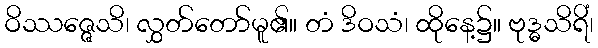
ဝိဿဇ္ဇေသိ၊ လွှတ်တော်မူ၏။ တံ ဒိဝသံ၊ ထိုနေ့၌။ ဗုဒ္ဓသိရိံ၊